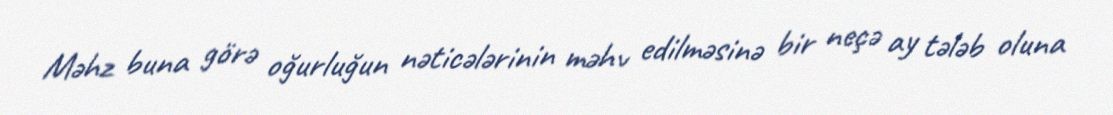
Məhz buna görə oğurluğun nəticələrinin məhv edilməsinə bir neçə ay tələb oluna